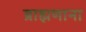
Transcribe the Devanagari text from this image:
ब्राह्मणाना